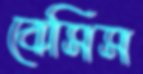
বেসিস